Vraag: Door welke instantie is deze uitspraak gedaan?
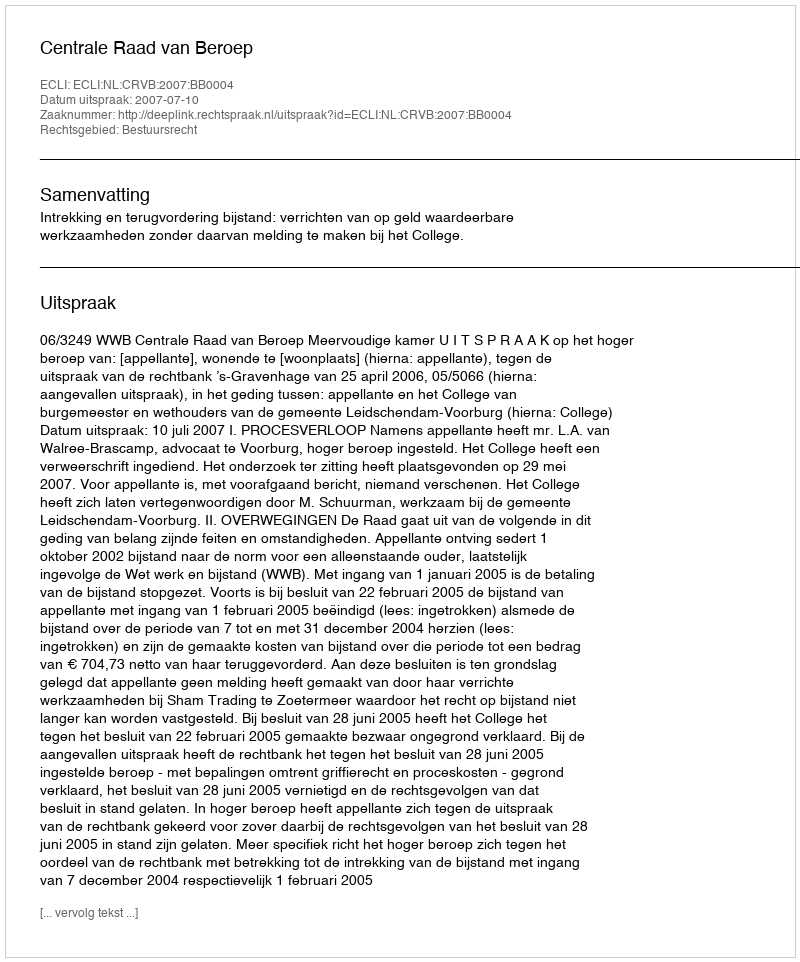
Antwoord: Centrale Raad van Beroep